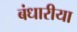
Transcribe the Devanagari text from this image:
बंधारीया